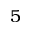
5